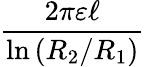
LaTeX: \frac{2\pi\varepsilon\ell}{\ln\left(R_{2}/R_{1}\right)}